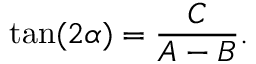
\tan ( 2 \alpha ) = { \frac { C } { A - B } } .